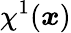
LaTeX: \chi^{1}(\boldsymbol{x})